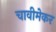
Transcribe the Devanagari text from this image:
चावीमेकर